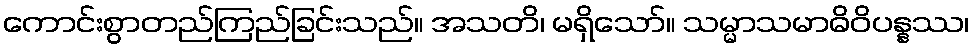
ကောင်းစွာတည်ကြည်ခြင်းသည်။ အသတိ၊ မရှိသော်။ သမ္မာသမာဓိဝိပန္နဿ၊